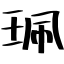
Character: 珮